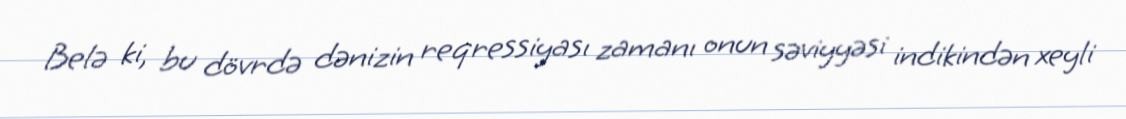
Belə ki, bu dövrdə dənizin reqressiyası zamanı onun səviyyəsi indikindən xeyli